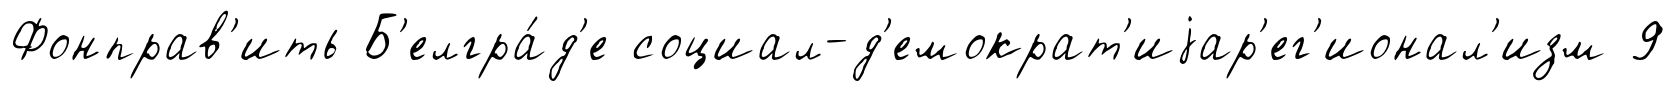
Фонправ'ить Б'елгра́д'е социал-д'емократ'иjар'ег'ионал'изм 9